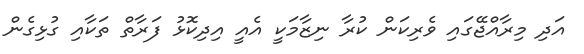
އަދި މިރާއްޖޭގައި ވެރިކަން ކުރާ ނިޒާމަކީ އެއީ އިދިކޮޅު ފަރާތް ތަކާއި ގުޅިގެން